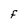
Character: F